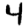
Digit: 4